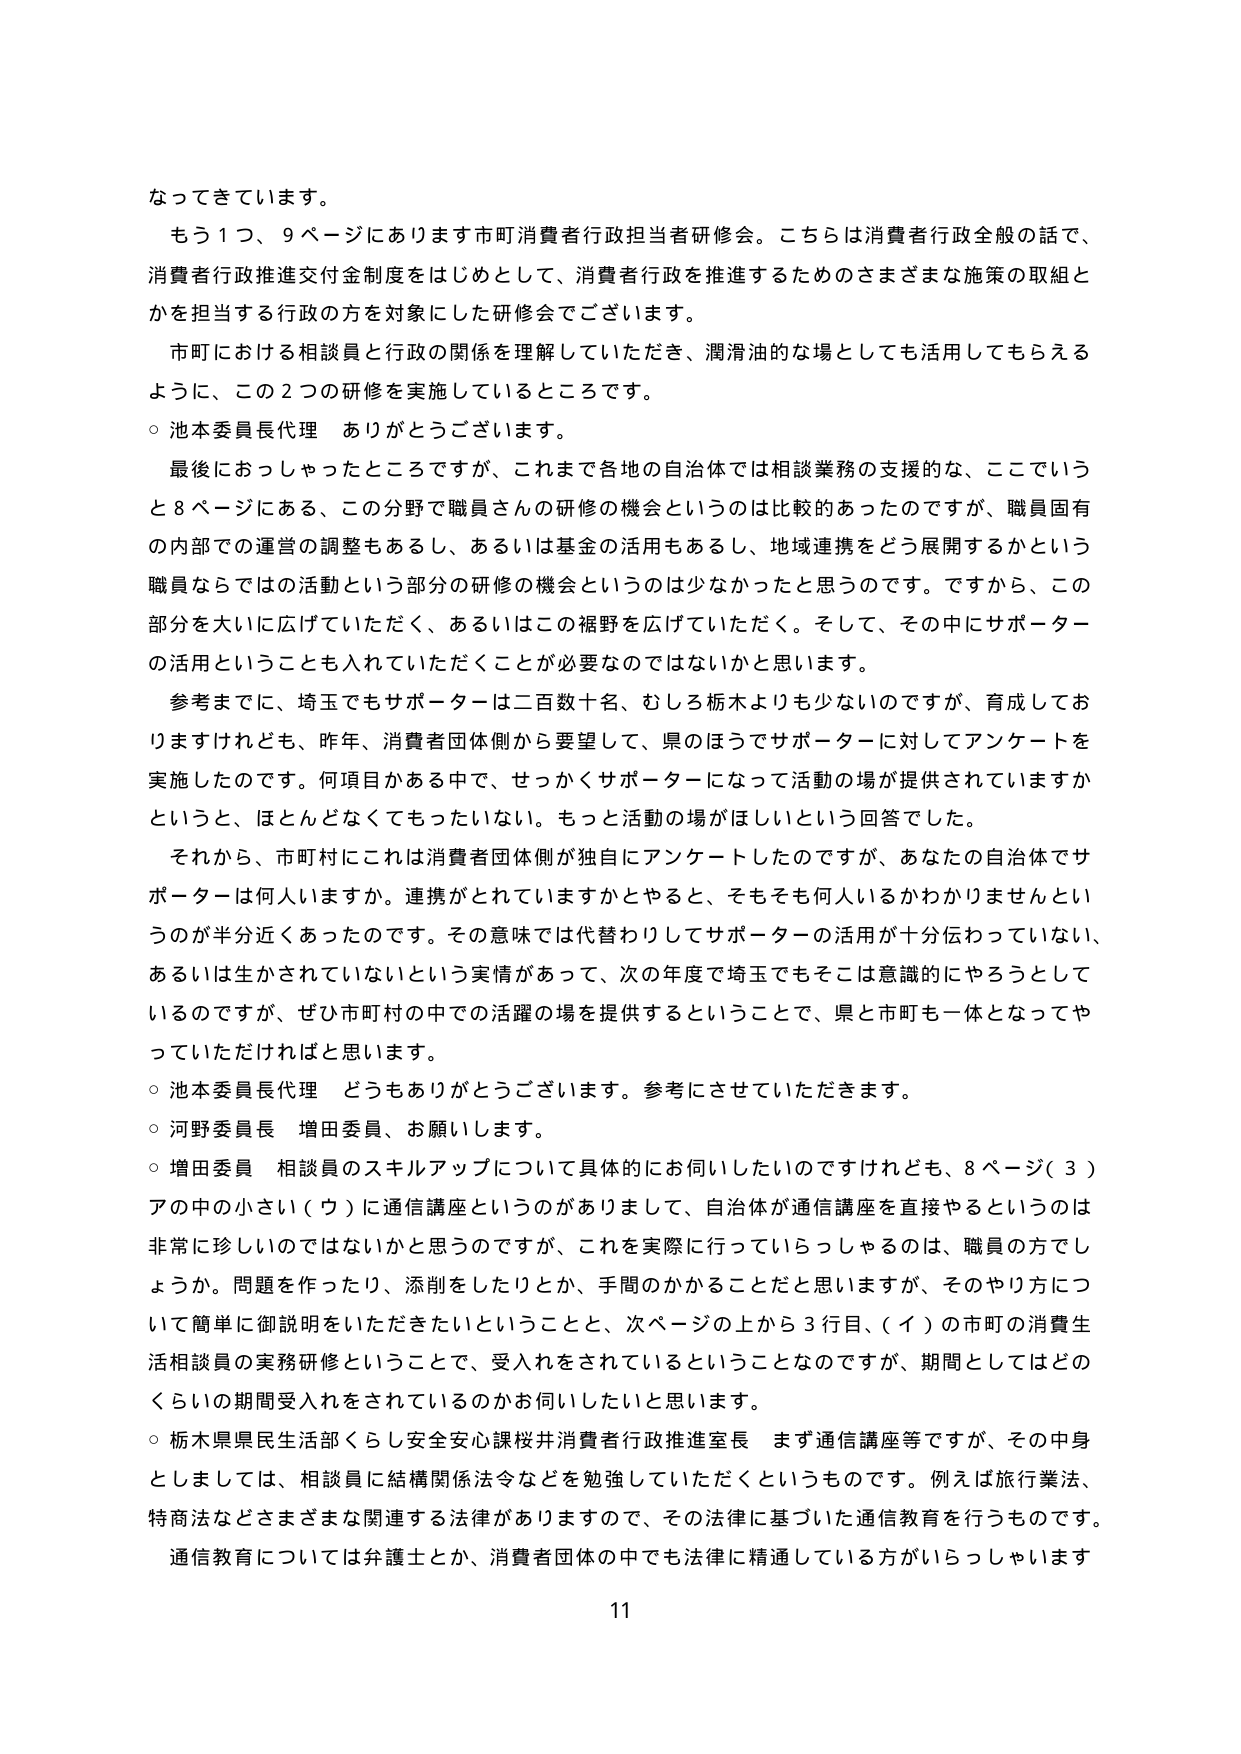
なってきています。

もう１つ、９ページにあります市町消費者行政担当者研修会。こちらは消費者行政全般の話で、消費者行政推進交付金制度をはじめとして、消費者行政を推進するためのさまざまな施策の取組とかを担当する行政の方を対象にした研修会でございます。

市町における相談員と行政の関係を理解していただき、潤滑油的な場としても活用してもらえるように、この２つの研修を実施しているところです。

○ 池本委員長代理　ありがとうございます。

最後におっしゃったところですが、これまで各地の自治体では相談業務の支援的な、ここでいうと８ページにある、この分野で職員さんの研修の機会というのは比較的あったのですが、職員固有の内部での運営の調整もあるし、あるいは基金の活用もあるし、地域連携をどう展開するかという職員ならではの活動という部分の研修の機会というのは少なかったと思うのです。ですから、この部分を大いに広げていただく、あるいはこの裾野を広げていただく。そして、その中にサポーターの活用ということも入れていただくことが必要なのではないかと思います。

参考までに、埼玉でもサポーターは二百数十名、むしろ栃木よりも少ないのですが、育成しておりますけれども、昨年、消費者団体側から要望して、県のほうでサポーターに対してアンケートを実施したのです。何項目かある中で、せっかくサポーターになって活動の場が提供されていますかというと、ほとんどなくてもったいない。もっと活動の場がほしいという回答でした。

それから、市町村にこれは消費者団体側が独自にアンケートしたのですが、あなたの自治体でサポーターは何人いますか。連携がとれていますかとやると、そもそも何人いるかわかりませんというのが半分近くあったのです。その意味では代替わりしてサポーターの活用が十分伝わっていない、あるいは生かされていないという実情があって、次の年度で埼玉でもそこは意識的にやろうとしているのですが、ぜひ市町村の中での活躍の場を提供するということで、県と市町も一体となってやっていただければと思います。

○ 池本委員長代理　どうもありがとうございます。参考にさせていただきます。

○ 河野委員長　増田委員、お願いします。

○ 増田委員　相談員のスキルアップについて具体的にお伺いしたいのですけれども、８ページ（３）アの中の小さい（ウ）に通信講座というのがありまして、自治体が通信講座を直接やるというのは非常に珍しいのではないかと思うのですが、これを実際に行っていらっしゃるのは、職員の方でしょうか。問題を作ったり、添削をしたりとか、手間のかかることだと思いますが、そのやり方について簡単に御説明をいただきたいということと、次ページの上から３目目、（イ）の市町の消費生活相談員の実務研修ということで、受入れをされているということなのですが、期間としてはどのくらいの期間受入れをされているのかお伺いしたいと思います。

○ 栃木県県民生活部くらし安全安心課桜井消費者行政推進室長　まず通信講座等ですが、その中身としましては、相談員に結婚関係法令などを勉強していただくというものです。例えば旅行業法、特商法などさまざまな関連する法律がありますので、その法律に基づいた通信教育を行うものです。通信教育については弁護士とか、消費者団体の中でも法律に精通している方がいらっしゃいます

11